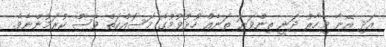
އަދި އޭނާ މިހާރު ދަނީ ތިންވަނަ ތަނެއް ހުޅުވުމުގެ މަސައްކަތް ވެސް ކުރަމުންނެވެ.